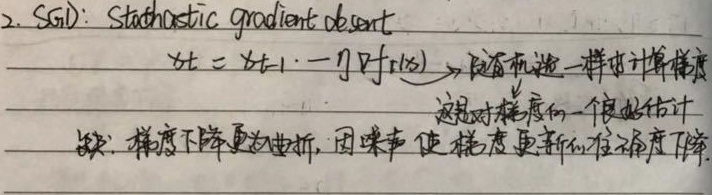
2. SGD: Stochastic gradient descent
\(x_t=x_{t - 1}-\eta\nabla f(x_t)\)。跟批量梯度一样地计算梯度，这是对梯度的一个良好估计。缺点：梯度下降更为曲折，因噪声使梯度更新往往偏离梯度下降。